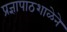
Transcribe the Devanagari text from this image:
प्रज्ञापाठशाळेने